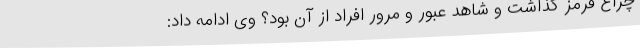
چراغ قرمز گذاشت و شاهد عبور و مرور افراد از آن بود؟ وی ادامه داد: